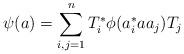
\begin{align*} \psi(a) = \sum_{i,j=1}^n T_i^\ast \phi(a_i^\ast a a_j)T_j \end{align*}